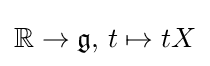
\mathbb {R} \to {\mathfrak {g}},\,t\mapsto tX